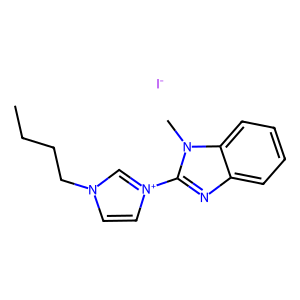
SMILES: CCCCn1cc[n+](-c2nc3ccccc3n2C)c1.[I-]
Inhibits HIV replication: No